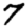
Digit: 7